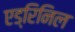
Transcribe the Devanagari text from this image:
एड्रिनिल